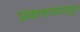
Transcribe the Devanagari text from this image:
प्रकाशनापासून